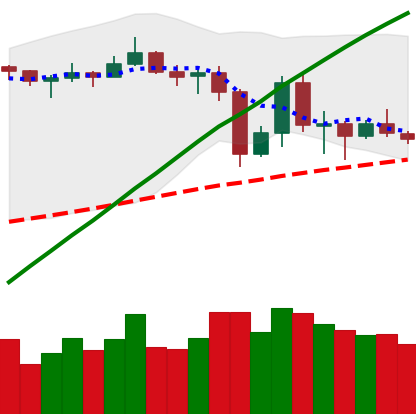
Ticker: LTC-USD
Chart end date: 2019-07-05
Forward return: -8.325%
Label: down_7plus